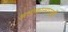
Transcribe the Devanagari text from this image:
अशोकासारखी